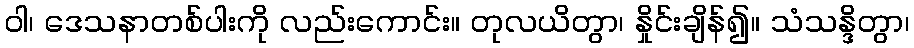
ဝါ၊ ဒေသနာတစ်ပါးကို လည်းကောင်း။ တုလယိတွာ၊ နှိုင်းချိန်၍။ သံသန္ဒိတွာ၊